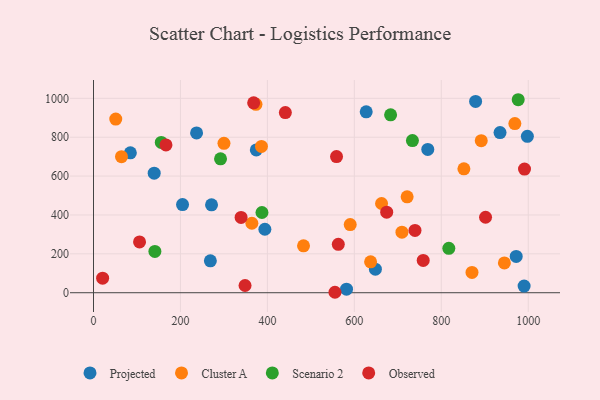
{"axis": {"x": "Ad Spend", "y": "Fuel Efficiency"}, "legend": ["Cluster A", "Observed", "Projected", "Scenario 2"], "data": [{"x": "935.1", "y": 823.9, "type": "Projected"}, {"x": "972.3", "y": 186.5, "type": "Projected"}, {"x": "878.9", "y": 984.3, "type": "Projected"}, {"x": "84.8", "y": 719.5, "type": "Projected"}, {"x": "268.8", "y": 163.9, "type": "Projected"}, {"x": "768.9", "y": 737.1, "type": "Projected"}, {"x": "204.8", "y": 453.3, "type": "Projected"}, {"x": "582.0", "y": 18.4, "type": "Projected"}, {"x": "998.0", "y": 804.5, "type": "Projected"}, {"x": "139.6", "y": 615.0, "type": "Projected"}, {"x": "648.4", "y": 121.3, "type": "Projected"}, {"x": "374.5", "y": 734.7, "type": "Projected"}, {"x": "237.1", "y": 821.8, "type": "Projected"}, {"x": "394.2", "y": 326.5, "type": "Projected"}, {"x": "271.5", "y": 452.2, "type": "Projected"}, {"x": "990.5", "y": 34.2, "type": "Projected"}, {"x": "627.3", "y": 930.3, "type": "Projected"}, {"x": "637.4", "y": 158.9, "type": "Cluster A"}, {"x": "945.1", "y": 153.5, "type": "Cluster A"}, {"x": "483.1", "y": 241.0, "type": "Cluster A"}, {"x": "870.6", "y": 104.2, "type": "Cluster A"}, {"x": "386.3", "y": 752.4, "type": "Cluster A"}, {"x": "373.7", "y": 969.0, "type": "Cluster A"}, {"x": "721.4", "y": 493.3, "type": "Cluster A"}, {"x": "891.9", "y": 782.0, "type": "Cluster A"}, {"x": "590.5", "y": 350.3, "type": "Cluster A"}, {"x": "709.5", "y": 311.3, "type": "Cluster A"}, {"x": "51.2", "y": 893.1, "type": "Cluster A"}, {"x": "364.3", "y": 357.5, "type": "Cluster A"}, {"x": "662.6", "y": 459.0, "type": "Cluster A"}, {"x": "969.2", "y": 870.1, "type": "Cluster A"}, {"x": "300.1", "y": 768.4, "type": "Cluster A"}, {"x": "852.0", "y": 637.4, "type": "Cluster A"}, {"x": "64.4", "y": 699.8, "type": "Cluster A"}, {"x": "292.2", "y": 688.9, "type": "Scenario 2"}, {"x": "141.2", "y": 212.4, "type": "Scenario 2"}, {"x": "976.9", "y": 992.8, "type": "Scenario 2"}, {"x": "683.4", "y": 915.1, "type": "Scenario 2"}, {"x": "155.9", "y": 773.4, "type": "Scenario 2"}, {"x": "733.6", "y": 782.7, "type": "Scenario 2"}, {"x": "817.3", "y": 228.2, "type": "Scenario 2"}, {"x": "387.5", "y": 412.8, "type": "Scenario 2"}, {"x": "559.0", "y": 700.5, "type": "Observed"}, {"x": "21.0", "y": 75.0, "type": "Observed"}, {"x": "166.7", "y": 760.3, "type": "Observed"}, {"x": "739.5", "y": 320.6, "type": "Observed"}, {"x": "758.4", "y": 166.3, "type": "Observed"}, {"x": "991.4", "y": 635.8, "type": "Observed"}, {"x": "339.5", "y": 387.5, "type": "Observed"}, {"x": "674.4", "y": 414.3, "type": "Observed"}, {"x": "368.4", "y": 977.1, "type": "Observed"}, {"x": "901.8", "y": 388.3, "type": "Observed"}, {"x": "348.6", "y": 37.1, "type": "Observed"}, {"x": "105.9", "y": 261.2, "type": "Observed"}, {"x": "441.3", "y": 926.8, "type": "Observed"}, {"x": "555.4", "y": 2.3, "type": "Observed"}, {"x": "563.1", "y": 248.8, "type": "Observed"}]}